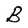
Character: B